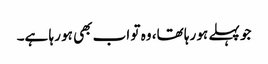
جو پہلے ہو رہا تھا، وہ تو اب بھی ہو رہا ہے۔